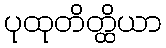
ပုထုတိတ္ထိယာ